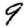
Digit: 9